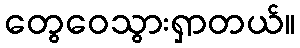
တွေဝေသွားရှာတယ်။